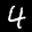
Label: 4